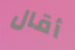
أقال